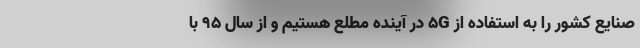
صنایع کشور را به استفاده از 5G در آینده مطلع هستیم و از سال 95 با